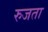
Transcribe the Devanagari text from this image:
रुजता